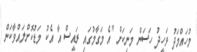
މުހައްމަދު ވަހީދު ހަސަން މަނިކަށް "އެ މަގާމުގައި ރައީސް އާ އެކު މަޑުކޮށްލައްވާކަން